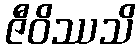
ဇီဝိဿသိ